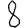
Digit: 8